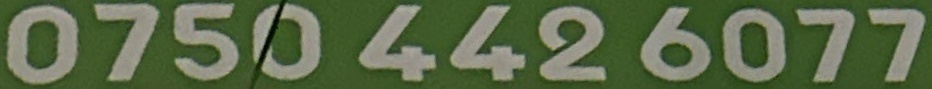
0750 442 6077